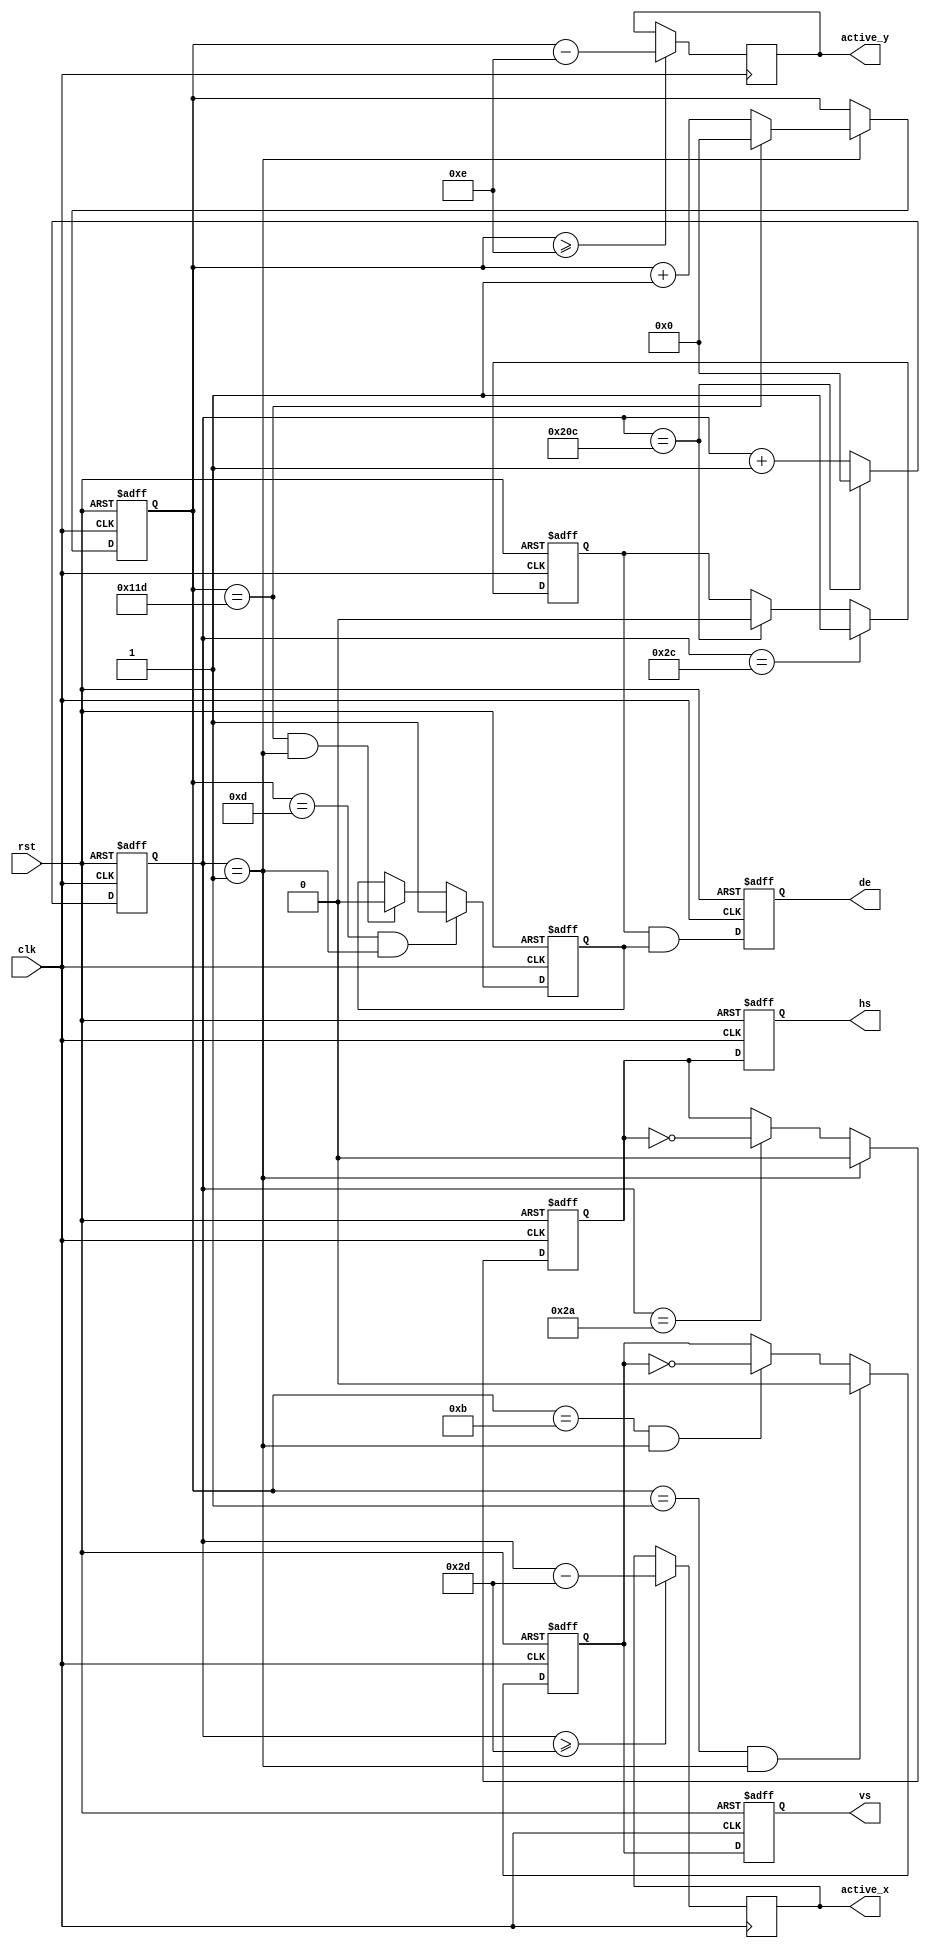
module vga_timing(
	input                 clk,           //pixel clock
	input                 rst,           //reset signal high active
	output                hs,            //horizontal synchronization
	output                vs,            //vertical synchronization
	output                de,            //video valid

	output reg [11:0] active_x,              //video x position 
	output reg [11:0] active_y             //video y position 
	
	);

//480x272 9Mhz
parameter H_ACTIVE = 16'd480; 
parameter H_FP = 16'd2;       
parameter H_SYNC = 16'd41;    
parameter H_BP = 16'd2;       
parameter V_ACTIVE = 16'd272; 
parameter V_FP  = 16'd2;     
parameter V_SYNC  = 16'd10;   
parameter V_BP  = 16'd2;     
parameter HS_POL = 1'b0;
parameter VS_POL = 1'b0;

parameter H_TOTAL = H_ACTIVE + H_FP + H_SYNC + H_BP;//horizontal total time (pixels)
parameter V_TOTAL = V_ACTIVE + V_FP + V_SYNC + V_BP;//vertical total time (lines)


reg hs_reg;                      //horizontal sync register
reg vs_reg;                      //vertical sync register
reg hs_reg_d0;                   //delay 1 clock of 'hs_reg'
reg vs_reg_d0;                   //delay 1 clock of 'vs_reg'
reg[11:0] h_cnt;                 //horizontal counter
reg[11:0] v_cnt;                 //vertical counter
reg h_active;                    //horizontal video active
reg v_active;                    //vertical video active
wire video_active;               //video active(horizontal active and vertical active)
reg video_active_d0;             //delay 1 clock of video_active
assign hs = hs_reg_d0;
assign vs = vs_reg_d0;
assign video_active = h_active & v_active;
assign de = video_active_d0;

//
always@(posedge clk or posedge rst)
begin
	if(rst == 1'b1)
		begin
			hs_reg_d0 <= 1'b0;
			vs_reg_d0 <= 1'b0;
			video_active_d0 <= 1'b0;
		end
	else
		begin
			hs_reg_d0 <= hs_reg;
			vs_reg_d0 <= vs_reg;
			video_active_d0 <= video_active;
		end
end

//
always@(posedge clk or posedge rst)
begin
	if(rst == 1'b1)
		h_cnt <= 12'd0;
	else if(h_cnt == H_TOTAL - 1)//horizontal counter maximum value
		h_cnt <= 12'd0;
	else
		h_cnt <= h_cnt + 12'd1;
end
//
always@(posedge clk)
begin
	if(h_cnt >= H_FP + H_SYNC + H_BP)//horizontal video active
		active_x <= h_cnt - (H_FP[11:0] + H_SYNC[11:0] + H_BP[11:0]);
	else
		active_x <= active_x;
end
always@(posedge clk)
begin	
	if(v_cnt >= V_FP + V_SYNC + V_BP)//horizontal video active
		active_y <= v_cnt - (V_FP[11:0] + V_SYNC[11:0] + V_BP[11:0]);
	else
		active_y <= active_y;
end
//
always@(posedge clk or posedge rst)
begin
	if(rst == 1'b1)
		v_cnt <= 12'd0;
	else if(h_cnt == H_FP  - 1)//horizontal sync time
		if(v_cnt == V_TOTAL - 1)//vertical counter maximum value
			v_cnt <= 12'd0;
		else
			v_cnt <= v_cnt + 12'd1;
	else
		v_cnt <= v_cnt;
end
//HS
always@(posedge clk or posedge rst)
begin
	if(rst == 1'b1)
		hs_reg <= 1'b0;
	else if(h_cnt == H_FP - 1)//horizontal sync begin
		hs_reg <= HS_POL;
	else if(h_cnt == H_FP + H_SYNC - 1)//horizontal sync end
		hs_reg <= ~hs_reg;
	else
		hs_reg <= hs_reg;
end
//
always@(posedge clk or posedge rst)
begin
	if(rst == 1'b1)
		h_active <= 1'b0;
	else if(h_cnt == H_FP + H_SYNC + H_BP - 1)//horizontal active begin
		h_active <= 1'b1;
	else if(h_cnt == H_TOTAL - 1)//horizontal active end
		h_active <= 1'b0;
	else
		h_active <= h_active;
end
//VS
always@(posedge clk or posedge rst)
begin
	if(rst == 1'b1)
		vs_reg <= 1'd0;
	else if((v_cnt == V_FP - 1) && (h_cnt == H_FP - 1))//vertical sync begin
		vs_reg <= HS_POL;
	else if((v_cnt == V_FP + V_SYNC - 1) && (h_cnt == H_FP - 1))//vertical sync end
		vs_reg <= ~vs_reg;  
	else
		vs_reg <= vs_reg;
end
//
always@(posedge clk or posedge rst)
begin
	if(rst == 1'b1)
		v_active <= 1'd0;
	else if((v_cnt == V_FP + V_SYNC + V_BP - 1) && (h_cnt == H_FP - 1))//vertical active begin
		v_active <= 1'b1;
	else if((v_cnt == V_TOTAL - 1) && (h_cnt == H_FP - 1)) //vertical active end
		v_active <= 1'b0;   
	else
		v_active <= v_active;
end


endmodule